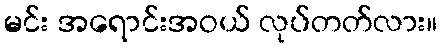
မင်း အရောင်းအဝယ် လုပ်တတ်လား။